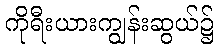
ကိုရီးယားကျွန်းဆွယ်၌